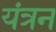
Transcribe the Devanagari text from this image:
यंत्रन